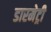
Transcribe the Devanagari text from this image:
डारमेट्री